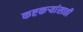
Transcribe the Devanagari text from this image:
कष्टकर्‍यांसाठी